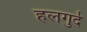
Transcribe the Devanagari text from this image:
हलगुर्द